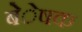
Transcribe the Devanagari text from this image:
बेेेेेषक